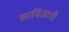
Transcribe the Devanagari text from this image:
खानिजानी